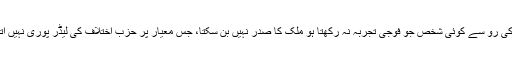
آئین کی رو سے کوئی شخص جو فوجی تجربہ نہ رکھتا ہو ملک کا صدر نہیں بن سکتا، جس معیار پر حزب اختلاف کی لیڈر پوری نہیں اترتیں۔